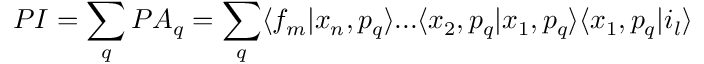
P I = \sum _ { q } P A _ { q } = \sum _ { q } \langle f _ { m } | x _ { n } , p _ { q } \rangle . . . \langle x _ { 2 } , p _ { q } | x _ { 1 } , p _ { q } \rangle \langle x _ { 1 } , p _ { q } | i _ { l } \rangle